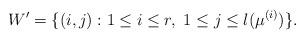
LaTeX: \begin{align*}W'=\{(i,j): 1\leq i\leq r,\; 1\leq j \leq l(\mu^{(i)})\}.\end{align*}